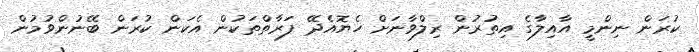
ކުރަން ނިންމީ އާއިލާގެ އިތުރުން ރިލްވާނަށް ހެޔޮއެދޭ ފަރާތްތަކުން އެކަން ކުރަން ބޭނުންވުމުން